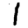
Digit: 1